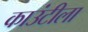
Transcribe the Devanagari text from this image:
काउंटीला